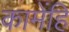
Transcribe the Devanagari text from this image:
कामेंहि